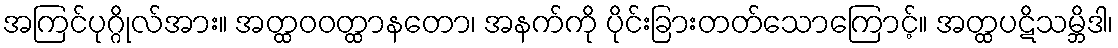
အကြင်ပုဂ္ဂိုလ်အား။ အတ္ထဝဝတ္ထာနတော၊ အနက်ကို ပိုင်းခြားတတ်သောကြောင့်။ အတ္ထပဋိသမ္ဘိဒါ၊